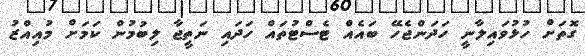
ގޮތަށް ހުޅުވައިލާނީ ހަދަންޖެހޭ ބައެއް ޓެސްޓުތައް ހަދައި ނަތީޖާ ލިބުމުން ކަމަށް މުއިއްޒު